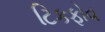
ટિકફોવ